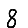
Digit: 8